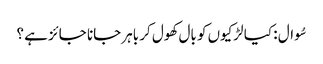
سُوال : کیا لڑکیوں کو بال کھول کر باہر جانا جائز ہے ؟